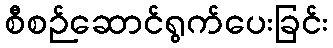
စီစဉ်ဆောင်ရွက်ပေးခြင်း